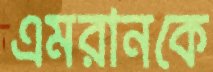
এমরানকে